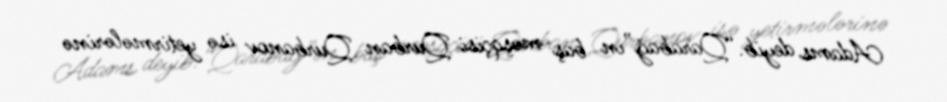
Adams deyib.“Qarabağ”ın baş məşqçisi Qurban Qurbanov isə yetirmələrinə